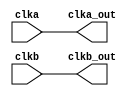
module clkgen(clka, clkb, clka_out, clkb_out);
input clka, clkb;
output clka_out, clkb_out;
reg clka_out, clkb_out;
always @(clka)
begin
    clka_out = clka;
end
always @(clkb)
begin
    clkb_out = clkb;
end
endmodule